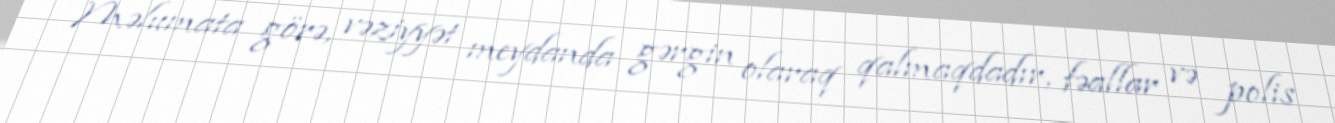
Məlumata görə, vəziyyət meydanda gərgin olaraq qalmaqdadır, fəallar və polis